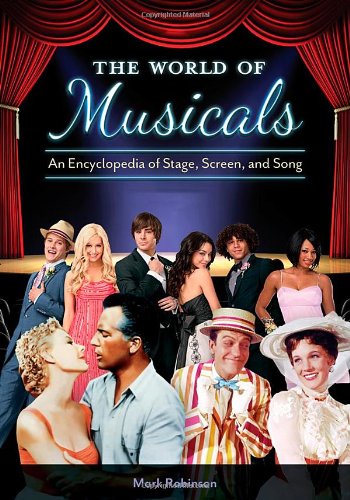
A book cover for The World of Musicals [2 volumes]: An Encyclopedia of Stage, Screen, and Song; Mark A. Robinson; Humor & Entertainment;